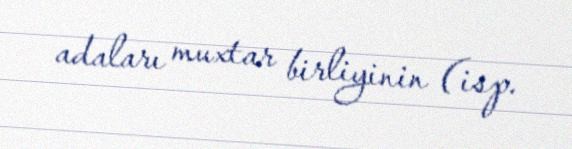
adaları muxtar birliyinin (isp.